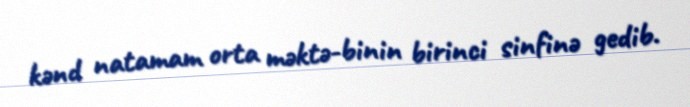
kənd natamam orta məktə-binin birinci sinfinə gedib.